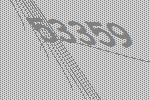
53359